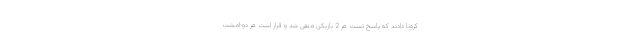
کرونا دادند که پاسخ تست هر 2 بازیکن منفی شد و قرار است هر دو امشب